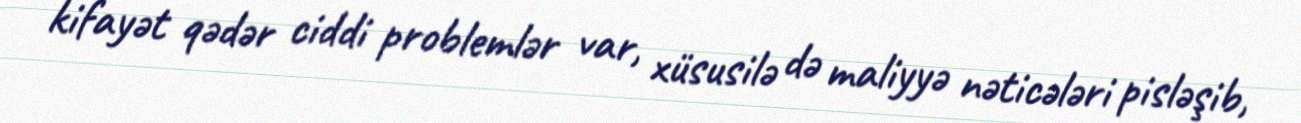
kifayət qədər ciddi problemlər var, xüsusilə də maliyyə nəticələri pisləşib,